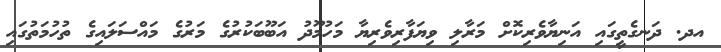
އދ. ދަނގެތީގައި އަނިޔާވެރިކޮށް މަރާލި ވިޔަފާރިވެރިޔާ މަހުމޫދު އަބޫބަކުރުގެ މަރުގެ މައްސަލައިގެ ތުހުމަތުގައި